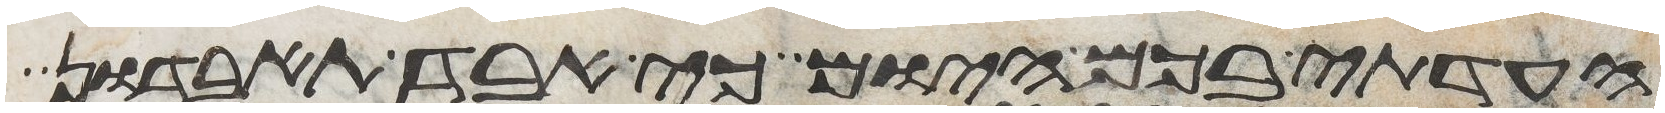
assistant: העדתי בכם היום כי אבד תאבדון